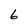
Character: 6